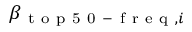
\beta _ { \mathrm { ~ t ~ o ~ p ~ 5 ~ 0 ~ - ~ f ~ r ~ e ~ q ~ } , i }